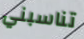
تناسبني